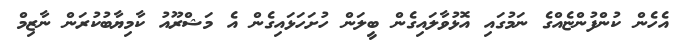
އެހެން ކުންފުންޏެއްގެ ނަމުގައި އޮޅުވާލައިގެން ބީލަން ހުށަހަޅައިގެން އެ މަޝްރޫއު ކާމިޔާބުކުރަން ނާޒިމް